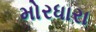
મોરધારા